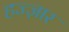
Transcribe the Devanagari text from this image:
हज्ज़ार